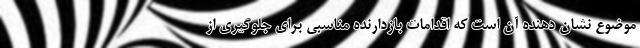
موضوع نشان دهنده آن است که اقدامات بازدارنده مناسبی برای جلوگیری از